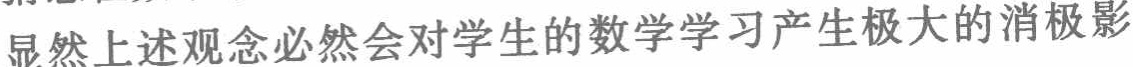
显然上述观念必然会对学生的数学学习产生极大的消极影